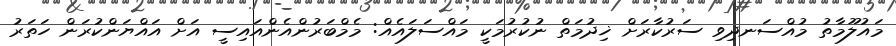
މައުލޫމާތު މުއްސަނދިވި ސަރުކާރަށް ޚިދުމަތް ނުކުރުމަކީ މައްސަލައެއް: މެމްބަރުންއެންއައިސީ އަށް އައްޔަންކުރަން ހަތަރު